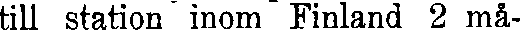
till station inom Finland 2 må-